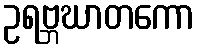
ဥရဗ္ဘဃာတကော